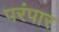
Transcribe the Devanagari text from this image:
परंपार